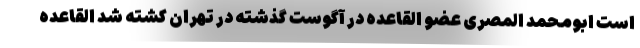
است ابومحمد المصری عضو القاعده در آگوست گذشته در تهران کشته شد القاعده